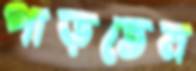
পাড়তেম